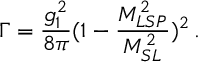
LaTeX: \Gamma = \frac { g _ { 1 } ^ { 2 } } { 8 \pi } ( 1 - \frac { M _ { L S P } ^ { 2 } } { M _ { S L } ^ { 2 } } ) ^ { 2 } \, .